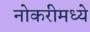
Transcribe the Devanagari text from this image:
नोकरीमध्ये